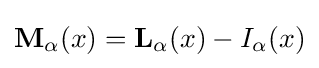
\mathbf {M} _{\alpha }(x)=\mathbf {L} _{\alpha }(x)-I_{\alpha }(x)